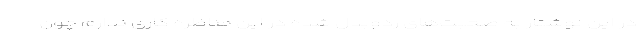
در این نوشتار به صحبت‌های ردوبدل شده در این مناظره کاری ندارم چون